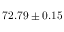
7 2 . 7 9 \pm 0 . 1 5